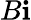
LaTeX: B\mathbf{i}